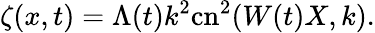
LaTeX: \zeta(x,t)=\Lambda(t)k^{2}\mathrm{cn}^{2}(W(t)X,k).